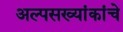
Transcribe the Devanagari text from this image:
अल्पसख्यांकांचे